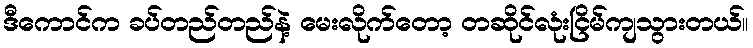
ဒီကောင်က ခပ်တည်တည်နဲ့ မေးလိုက်တော့ တဆိုင်လုံးငြိမ်ကျသွားတယ်။